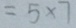
= 5 \times 7